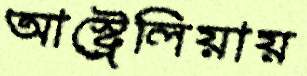
আস্ট্রেলিয়ায়